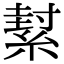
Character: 𦂌